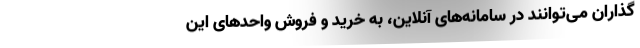
‌گذاران می‌توانند در سامانه‌های آنلاین، به خرید و فروش واحدهای این